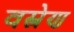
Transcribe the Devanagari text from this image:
वस्त्रेण